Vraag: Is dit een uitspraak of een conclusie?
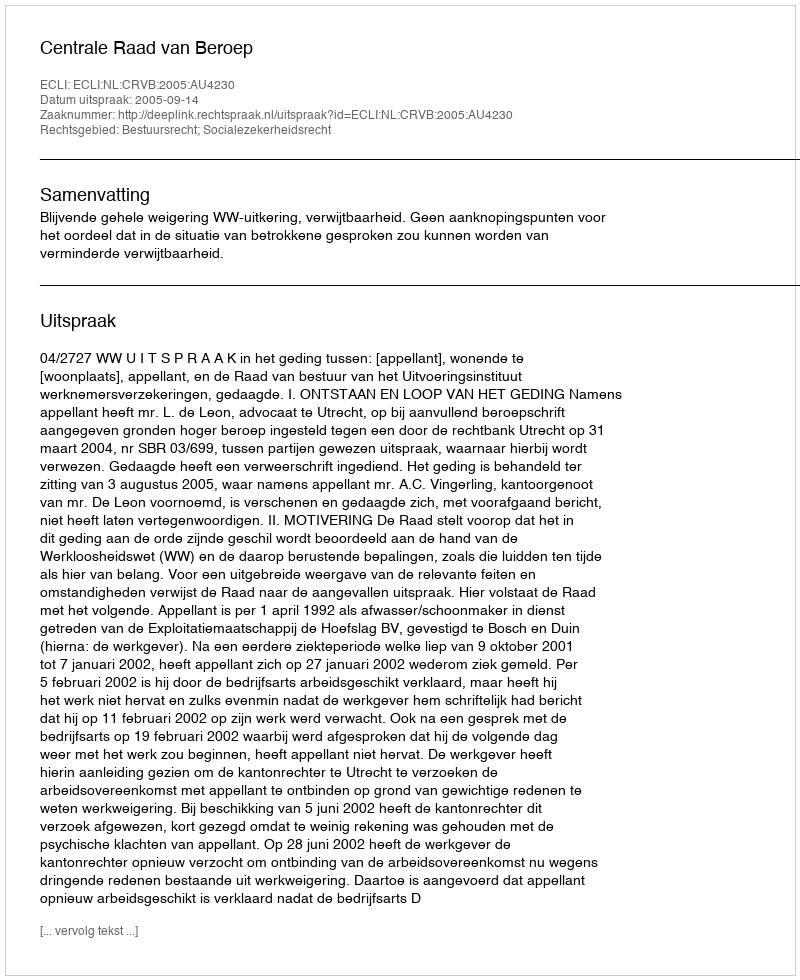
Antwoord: Uitspraak